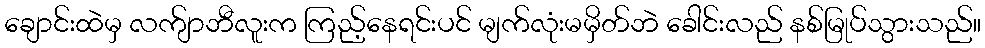
ချောင်းထဲမှ လက်ျာဘီလူးက ကြည့်နေရင်းပင် မျက်လုံးမမှိတ်ဘဲ ခေါင်းလည် နစ်မြုပ်သွားသည်။